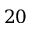
2 0